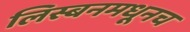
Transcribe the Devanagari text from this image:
लिस्बनमधूनच